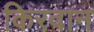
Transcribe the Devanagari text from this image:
किरवान